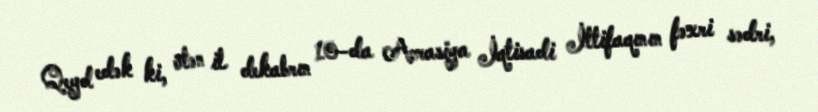
Qeyd edək ki, ötən il dekabrın 10-da Avrasiya İqtisadi İttifaqının fəxri sədri,